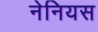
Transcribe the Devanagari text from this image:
नेनियस